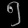
Digit: ၅